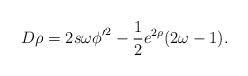
LaTeX: \begin{align*}D \rho = 2s\omega{\phi '}^2-\frac 1 2 e^{2\rho}(2\omega-1).\end{align*}